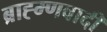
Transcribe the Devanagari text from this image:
ब्राह्म्णवादी